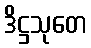
ဒိဋ္ဌသုတေ